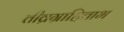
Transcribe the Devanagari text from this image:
तीव्रग्राहिताभ